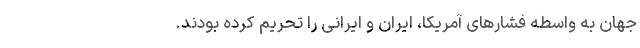
جهان به واسطه فشارهای آمریکا، ایران و ایرانی را تحریم کرده بودند.